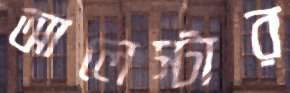
আলেস্টার